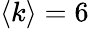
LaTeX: \left<k\right>=6